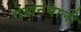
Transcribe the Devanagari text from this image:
देखनेवाली